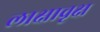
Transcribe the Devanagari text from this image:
लाक्षावृक्ष